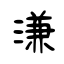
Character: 溓